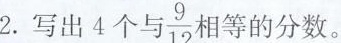
2.写出4个与{ $$\frac{9}{12}$$ 相等的分数。